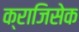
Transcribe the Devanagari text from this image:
क्राजिसेक